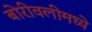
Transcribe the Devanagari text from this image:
बोरीवलीमध्ये